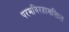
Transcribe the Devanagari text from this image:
परमविरहासक्तित